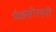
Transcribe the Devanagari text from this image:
मैक्सीलरी